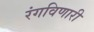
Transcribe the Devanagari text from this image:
रंगविणारी